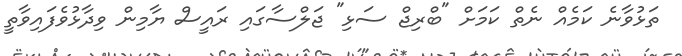
ތަޅުވާނެ ކަމެއް ނެތް ކަމަށް "ބްރިޖް ސަޅި" ޖަލްސާގައި ރައީސް ޔާމިން ވިދާޅުވެފައިވާތީ